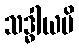
သဒ္ဓါယပိ